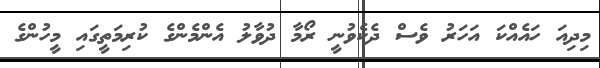
މިދިއަ ހައެއްކަ އަހަރު ވެސް ދެކެވުނީ ރޯމާ ދުވާލު އެންމެންގެ ކުރިމަތީގައި މީހުންގެ